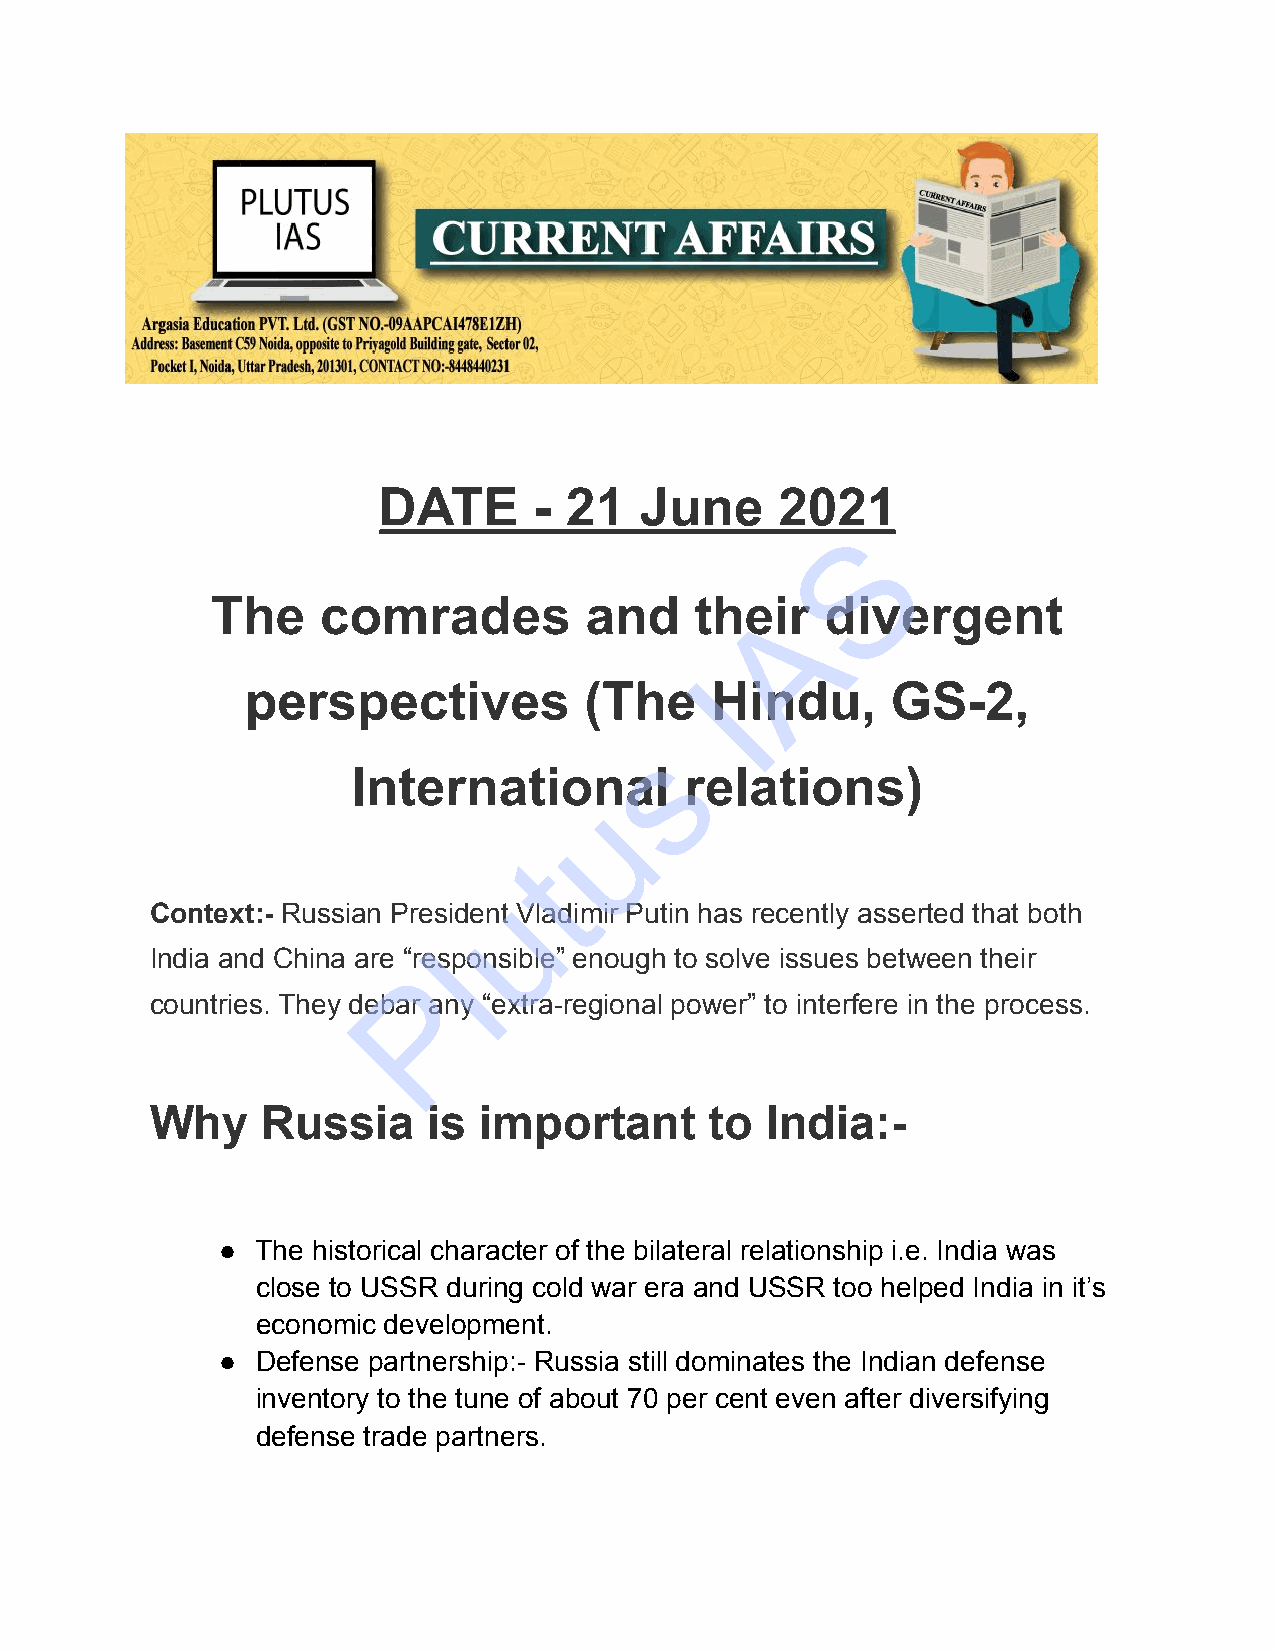
DATE      - 21   June      2021
 S
 The    comrades          and    theAir   divergent
 I
 perspectives           (The    Hindu,      GS-2,
 s
 International         relations)
 u
 t
 u
 Context:- Russian President Vladimir Putin has recently asserted that both
 l
 India and China are “responsible” enough to solve issues between their
 P
 countries. They debar any “extra-regional power” to interfere in the process.
 Why    Russia     is  important      to  India:-
 ●  The historical character of the bilateral relationship i.e. India was
 close to USSR during cold war era and USSR too helped India in it’s
 economic development.
 ●  Defense partnership:- Russia still dominates the Indian defense
 inventory to the tune of about 70 per cent even after diversifying
 defense trade partners.